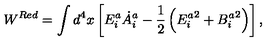
W ^ { R e d } = \int d ^ { 4 } x \left[ E _ { i } ^ { a } { \dot { A } } _ { i } ^ { a } - \frac { 1 } { 2 } \left( { E _ { i } ^ { a } } ^ { 2 } + { B _ { i } ^ { a } } ^ { 2 } \right) \right] ,